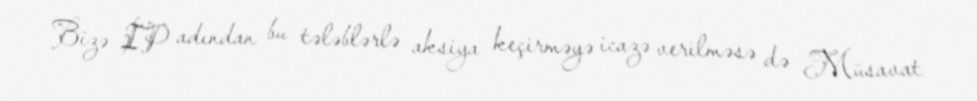
Bizə İP adından bu tələblərlə aksiya keçirməyə icazə verilməsə də Müsavat